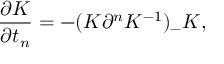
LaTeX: \frac { \partial K } { \partial t _ { n } } = - ( K \partial ^ { n } K ^ { - 1 } ) _ { - } K ,